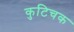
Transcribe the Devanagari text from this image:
कुटिचक